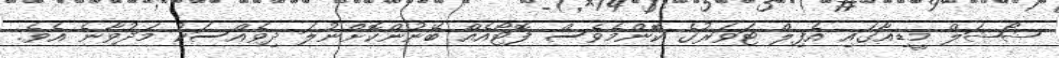
ޝޯޝަލް މީޑިއާގައި އެފިލް ޓަވަރުގެ ކޮންމެވެސް ފޮޓޯއެއް ބޭނުންކޮށްނުލަ ދިވެއްސަކު މަދުވާނެ އެވެ.